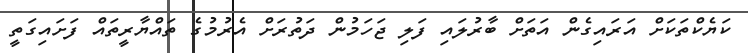
ކަޔެކްތަކަށް އަރައިގެން އަތަށް ބާރުލައި ފަލި ޖަހަމުން ދަތުރަށް އެރުމުގެ ތައްޔާރީތައް ފަށައިގަތީ